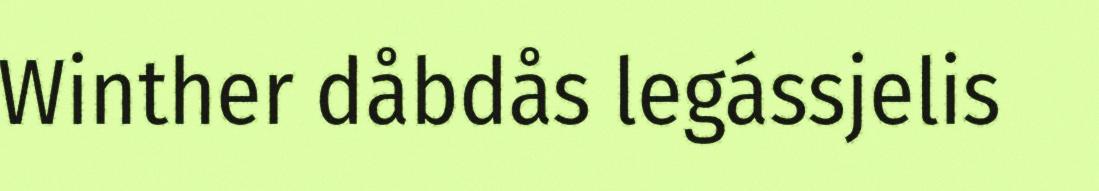
Winther dåbdås legássjelis